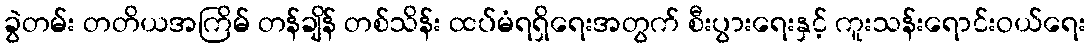
ခွဲတမ်း တတိယအကြိမ် တန်ချိန် တစ်သိန်း ထပ်မံရရှိရေးအတွက် စီးပွားရေးနှင့် ကူးသန်းရောင်းဝယ်ရေး